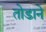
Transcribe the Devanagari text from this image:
तोडाने